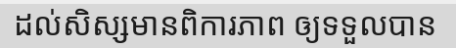
ដល់សិស្សមានពិការភាព ឲ្យទទួលបាន